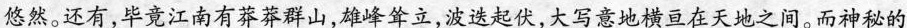
悠然。还有，毕竟江南有莽莽群山，雄峰耸立，波迭起伏，大写意地横亘在天地之间。而神秘的